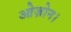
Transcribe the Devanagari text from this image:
ओज़ोन।